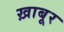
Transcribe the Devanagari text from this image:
ख़ाबूर